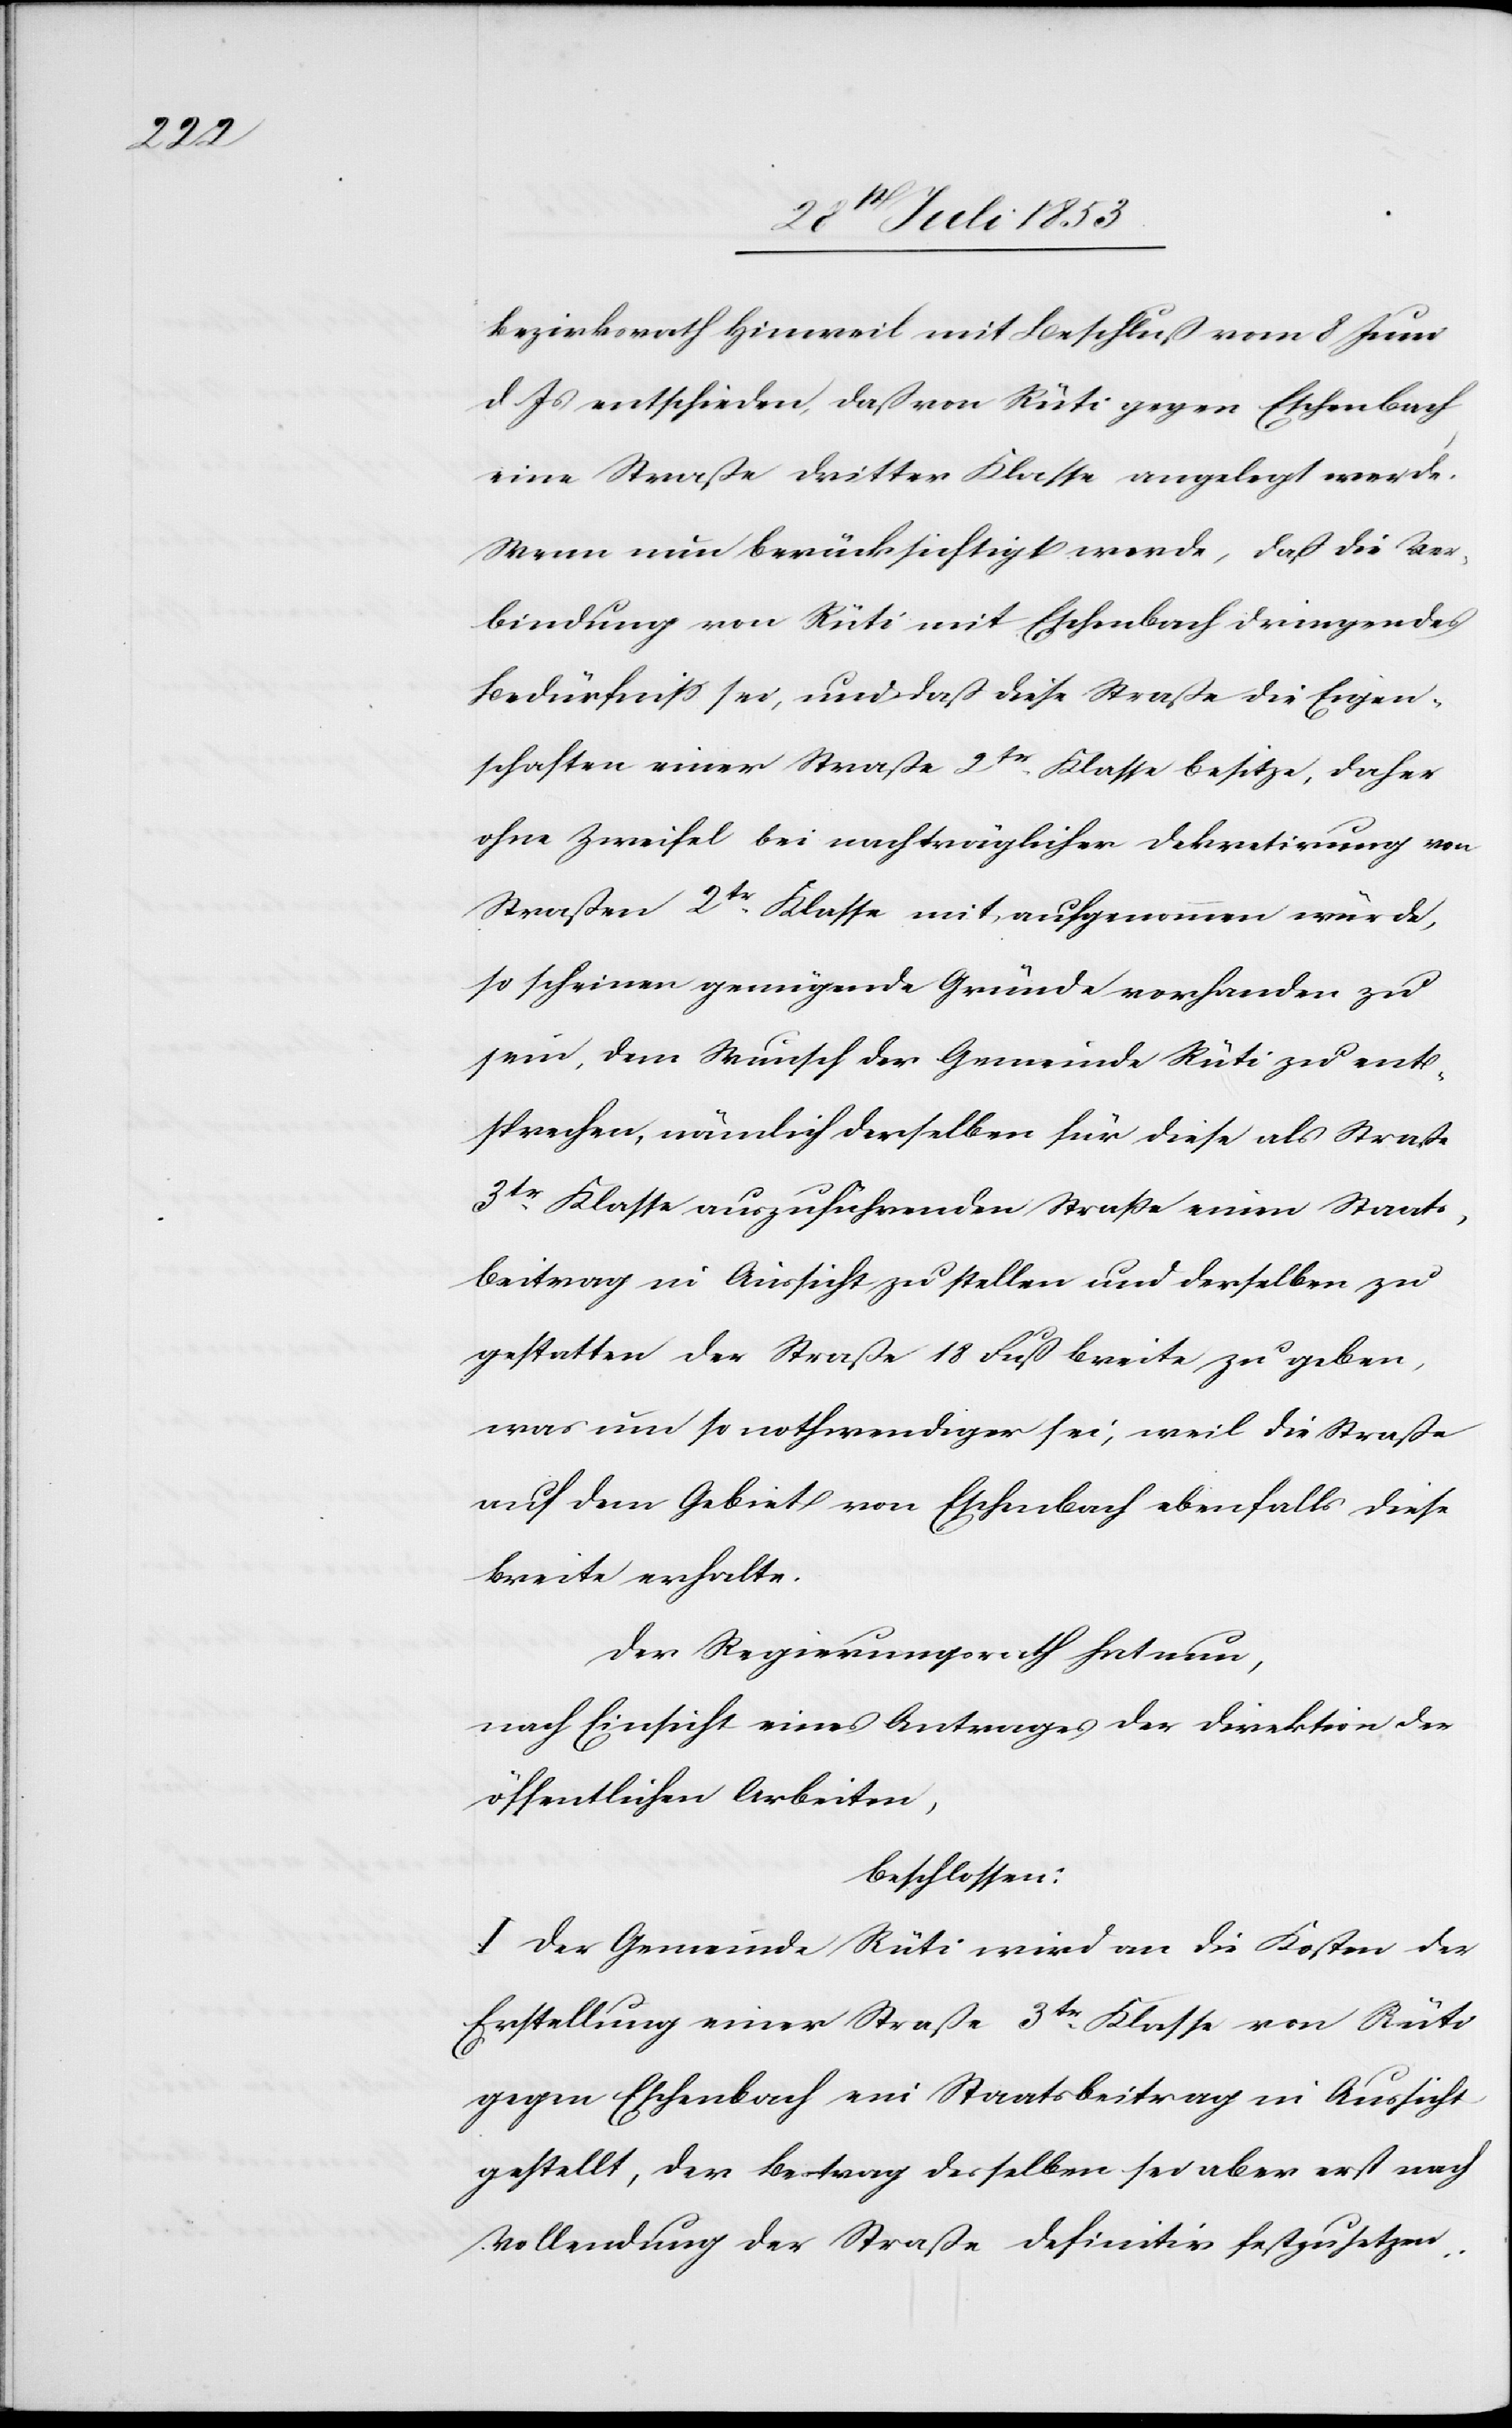
Bezirksrath Hinweil mit Beschluß vom 8 Juni
d. Js. entschieden, daß von Rüti gegen Eschenbach
eine Straße dritter Klasse angelegt werde.
Wenn nun berücksichtigt werde, daß die Ver¬
bindung von Rüti mit Eschenbach dringendes
Bedürfniß sei, und daß diese Strecke die Eigen¬
schaften einer Straße 2tr Klasse besitze, daher
ohne Zweifel bei nachträglicher Dekretirung von
Straßen 2tr Klasse mit aufgenommen würde,
so scheinen genügende Gründe vorhanden zu
sein ,dem Wunsch der Gemeinde Rüti zu ent¬
sprechen, nämlich derselben für diese als Straße
3tr Klasse aufzunehmenden Straßen einen Staats¬
beitrag in Aussicht zu stellen und derselben zu
gestatten der Straße 18 Fuß Breite zu geben,
was um so nothwendiger sei, weil die Straße
auf dem Gebiet von Eschenbach ebenfalls diese
Breite erhalte.
Der Regierungsrath hat nun,
nach Einsicht eines Antrages der Direktion der
öffentlichen Arbeiten,
beschlossen:
I. Der Gemeinde Rüti wird an die Kosten der
Erstellung einer Straße 3tr Klasse von Rüti
gegen Eschenbach ein Staatsbeitrag in Aussicht
gestellt, der Betrag desselben sei aber erst nach
Vollendung der Straße definitiv festzusetzen.